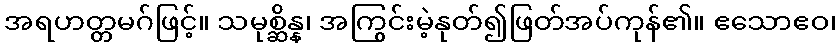
အရဟတ္တမဂ်ဖြင့်။ သမုစ္ဆိန္န၊ အကြွင်းမဲ့နုတ်၍ဖြတ်အပ်ကုန်၏။ ဧသောဧဝ၊